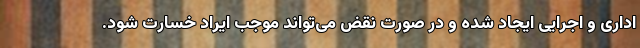
اداری و اجرایی ایجاد شده و در صورت نقض می‌تواند موجب ایراد خسارت شود.